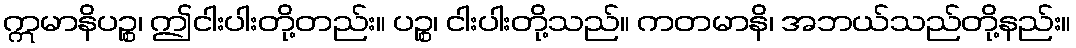
ဣမာနိပဉ္စ၊ ဤငါးပါးတို့တည်း။ ပဉ္စ၊ ငါးပါးတို့သည်။ ကတမာနိ၊ အဘယ်သည်တို့နည်း။